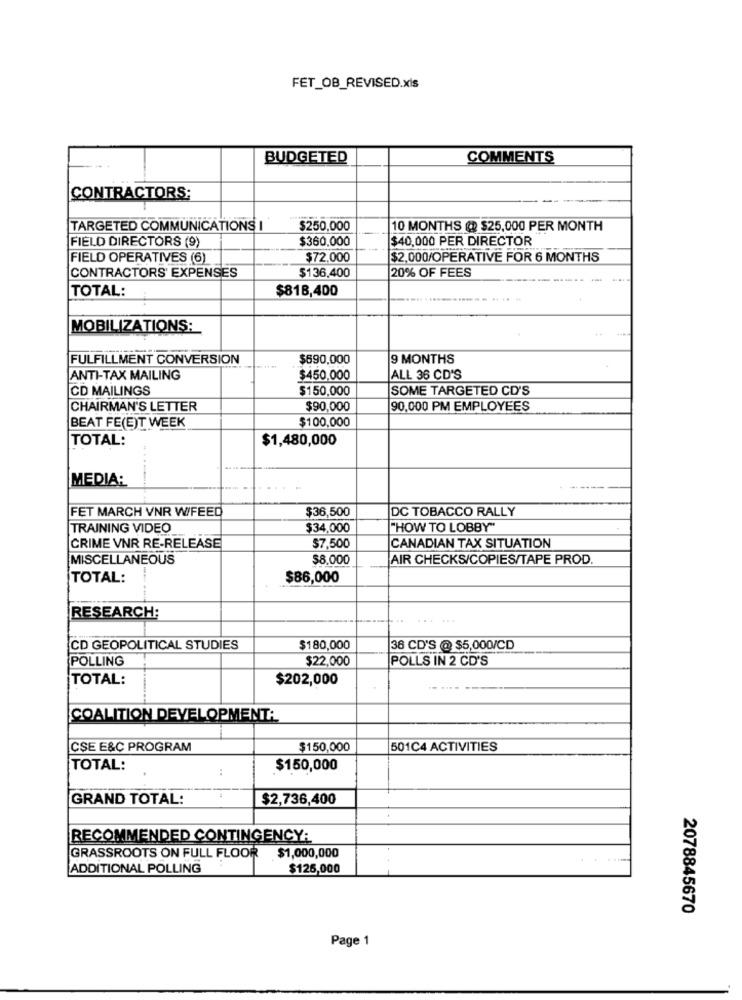
FET_OB_REVISED.xis
BUDGETED
COMMENTS
CONTRACTORS:
TARGETED COMMUNICATIONS I
$250,000
10 MONTHS @ $25,000 PER MONTH
$360,000
$40,000 PER DIRECTOR
FIELD DIRECTORS (9)
FIELD OPERATIVES (6)
$72,000
$2,000/OPERATIVE FOR 6 MONTHS
$136,400
20% OF FEES
CONTRACTORS' EXPENSES
TOTAL:
$818,400
MOBILIZATIONS:
FULFILLMENT CONVERSION
$690,000
9 MONTHS
ANTI-TAX MAILING
$450.000
ALL 36 CD'S
CD MAILINGS
$150,000
SOME TARGETED CD'S
CHAIRMAN'S LETTER
$90,000
90,000 PM EMPLOYEES
$100,000
BEAT FE(E)T WEEK
TOTAL:
$1,480,000
MEDIA:
FET MARCH VNR WFEED
$36,500
DC TOBACCO RALLY
TRAINING VIDEO
$34,000
"HOW TO LOBBY"
CRIME VNR RE-RELEASE
$7,500
CANADIAN TAX SITUATION
MISCELLANEOUS
$8.000
AIR CHECKS/COPIES/TAPE PROD.
TOTAL:
$86,000
RESEARCH:
......
CD GEOPOLITICAL STUDIES
$180,000
36 CD'S @ $5,000/CD
POLLING
$22,000
POLLS IN 2 CD'S
TOTAL:
$202,000
COALITION DEVELOPMENTA
CSE E&C PROGRAM
$150,000
501C4 ACTIVITIES
TOTAL:
:
$150,000
GRAND TOTAL:
$2,736,400
RECOMMENDED CONTINGENCY:
GRASSROOTS ON FULL FLOOR
$1,000,000
ADDITIONAL POLLING
$126,000
2078845670
Page 1